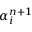
\alpha _ { i } ^ { n + 1 }